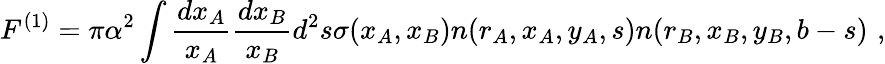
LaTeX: F^{(1)}=\pi\alpha^{2}\int{\frac{dx_{A}}{x_{A}}}{\frac{dx_{B}}{x_{B}}}d^{2}s\sigma(x_{A},x_{B})n(r_{A},x_{A},y_{A},s)n(r_{B},x_{B},y_{B},b-s)\, \, ,